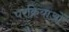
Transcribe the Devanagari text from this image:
परक्रियाओं